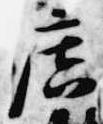
広